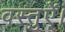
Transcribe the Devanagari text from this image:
वस्तुऐं।